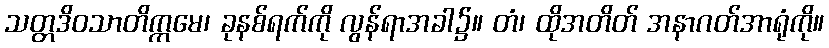
သတ္တဒိဝသာတိက္ကမေ၊ ခုနစ်ရက်ကို လွန်ရာအခါ၌။ တံ၊ ထိုအတိတ် အနာဂတ်အာရုံကို။